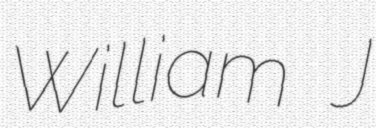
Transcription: William J